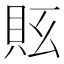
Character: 𧵇